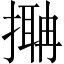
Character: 𢳞